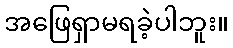
အဖြေရှာမရခဲ့ပါဘူး။